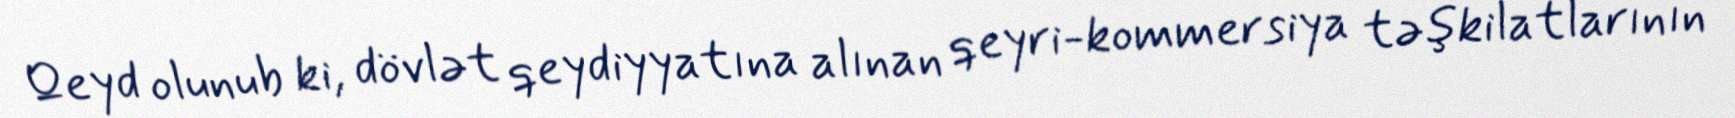
Qeyd olunub ki, dövlət qeydiyyatına alınan qeyri-kommersiya təşkilatlarının